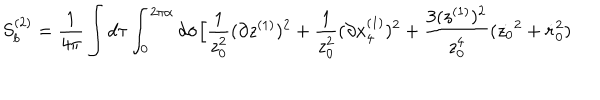
S _ { b } ^ { ( 2 ) } = { \frac { 1 } { 4 \pi } } \int d \tau \int _ { 0 } ^ { 2 \pi \alpha } d \sigma \Big [ { \frac { 1 } { z _ { 0 } ^ { 2 } } } ( \partial z ^ { ( 1 ) } ) ^ { 2 } + { \frac { 1 } { z _ { 0 } ^ { 2 } } } ( \partial x _ { 4 } ^ { ( 1 ) } ) ^ { 2 } + { \frac { 3 ( z ^ { ( 1 ) } ) ^ { 2 } } { z _ { 0 } ^ { 4 } } } ( \dot { z _ { 0 } } ^ { 2 } + \dot { r } _ { 0 } ^ { 2 } )